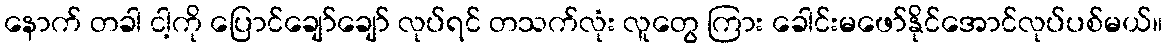
နောက် တခါ ငါ့ကို ပြောင်ချော်ချော် လုပ်ရင် တသက်လုံး လူတွေ ကြား ခေါင်းမဖော်နိုင်အောင်လုပ်ပစ်မယ်။